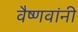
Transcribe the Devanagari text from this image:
वैष्णवांनी